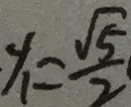
y _ { 1 } = \frac { \sqrt { 5 } } { 2 }